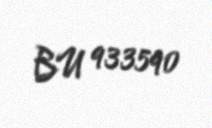
BU 933590